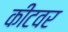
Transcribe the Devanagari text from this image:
कीटवर